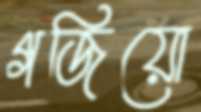
গজিয়ো